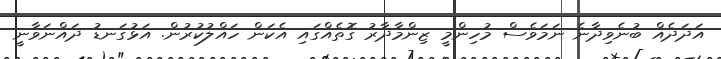
އަދަދެއް ބުނެވިދާނެ ނަމަވެސް މުހިންމީ ޒިންމާދާރު ގޮތެއްގައި އެކަން ހައްލުކުރުން. އަޅުގަނޑު ދައްނަވާނީ